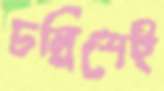
চল্লিশেই